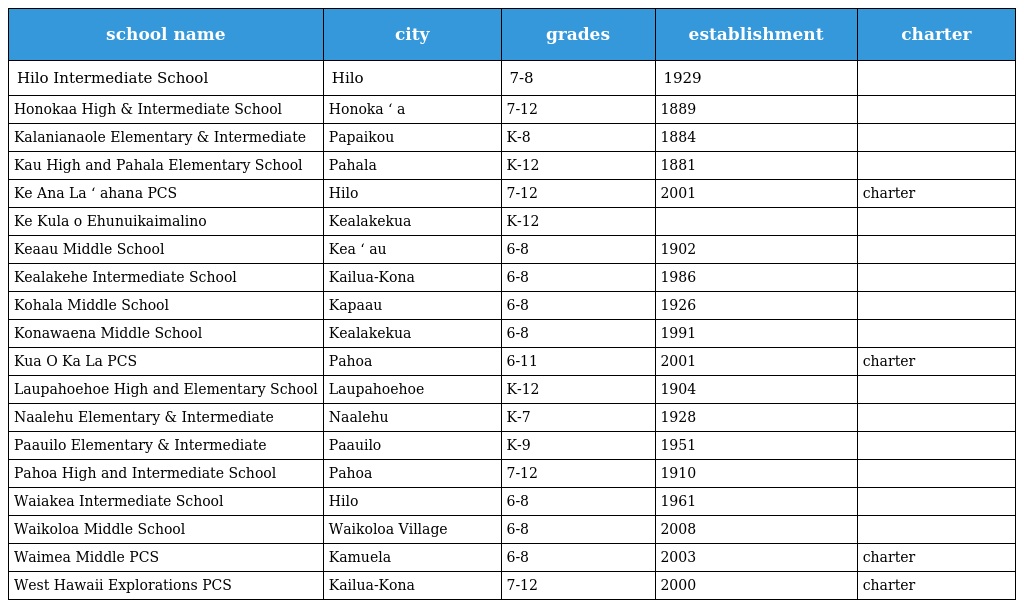
| school name | city | grades | establishment | charter |
 | --- | --- | --- | --- | --- |
 | Hilo Intermediate School | Hilo | 7-8 | 1929 |  |
 | Honokaa High & Intermediate School | Honoka ʻ a | 7-12 | 1889 |  |
 | Kalanianaole Elementary & Intermediate | Papaikou | K-8 | 1884 |  |
 | Kau High and Pahala Elementary School | Pahala | K-12 | 1881 |  |
 | Ke Ana La ʻ ahana PCS | Hilo | 7-12 | 2001 | charter |
 | Ke Kula o Ehunuikaimalino | Kealakekua | K-12 |  |  |
 | Keaau Middle School | Kea ʻ au | 6-8 | 1902 |  |
 | Kealakehe Intermediate School | Kailua-Kona | 6-8 | 1986 |  |
 | Kohala Middle School | Kapaau | 6-8 | 1926 |  |
 | Konawaena Middle School | Kealakekua | 6-8 | 1991 |  |
 | Kua O Ka La PCS | Pahoa | 6-11 | 2001 | charter |
 | Laupahoehoe High and Elementary School | Laupahoehoe | K-12 | 1904 |  |
 | Naalehu Elementary & Intermediate | Naalehu | K-7 | 1928 |  |
 | Paauilo Elementary & Intermediate | Paauilo | K-9 | 1951 |  |
 | Pahoa High and Intermediate School | Pahoa | 7-12 | 1910 |  |
 | Waiakea Intermediate School | Hilo | 6-8 | 1961 |  |
 | Waikoloa Middle School | Waikoloa Village | 6-8 | 2008 |  |
 | Waimea Middle PCS | Kamuela | 6-8 | 2003 | charter |
 | West Hawaii Explorations PCS | Kailua-Kona | 7-12 | 2000 | charter |